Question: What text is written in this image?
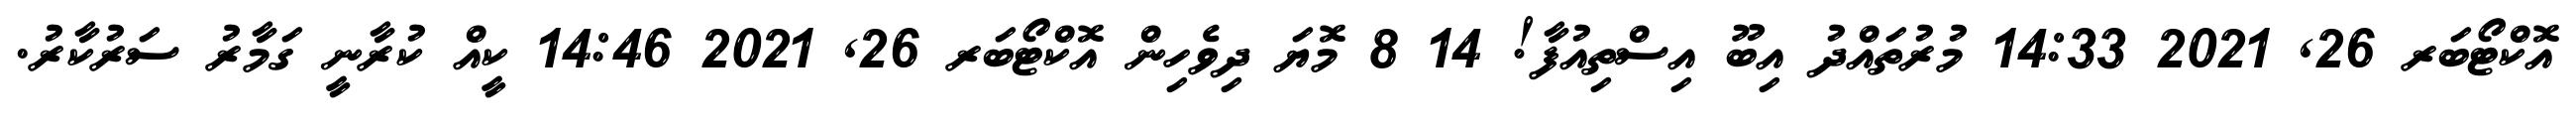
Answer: އޮކްޓޯބަރ 26, 2021 14:33 މުރުތައްދު އިބޫ އިސްތިއުފާ! 14 8 މޮޔަ ދިވެހިން އޮކްޓޯބަރ 26, 2021 14:46 ކީއް ކުރާނީ ގަމާރު ސަރުކާރު.